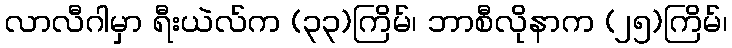
လာလီဂါမှာ ရီးယဲလ်က (၃၃)ကြိမ်၊ ဘာစီလိုနာက (၂၅)ကြိမ်၊